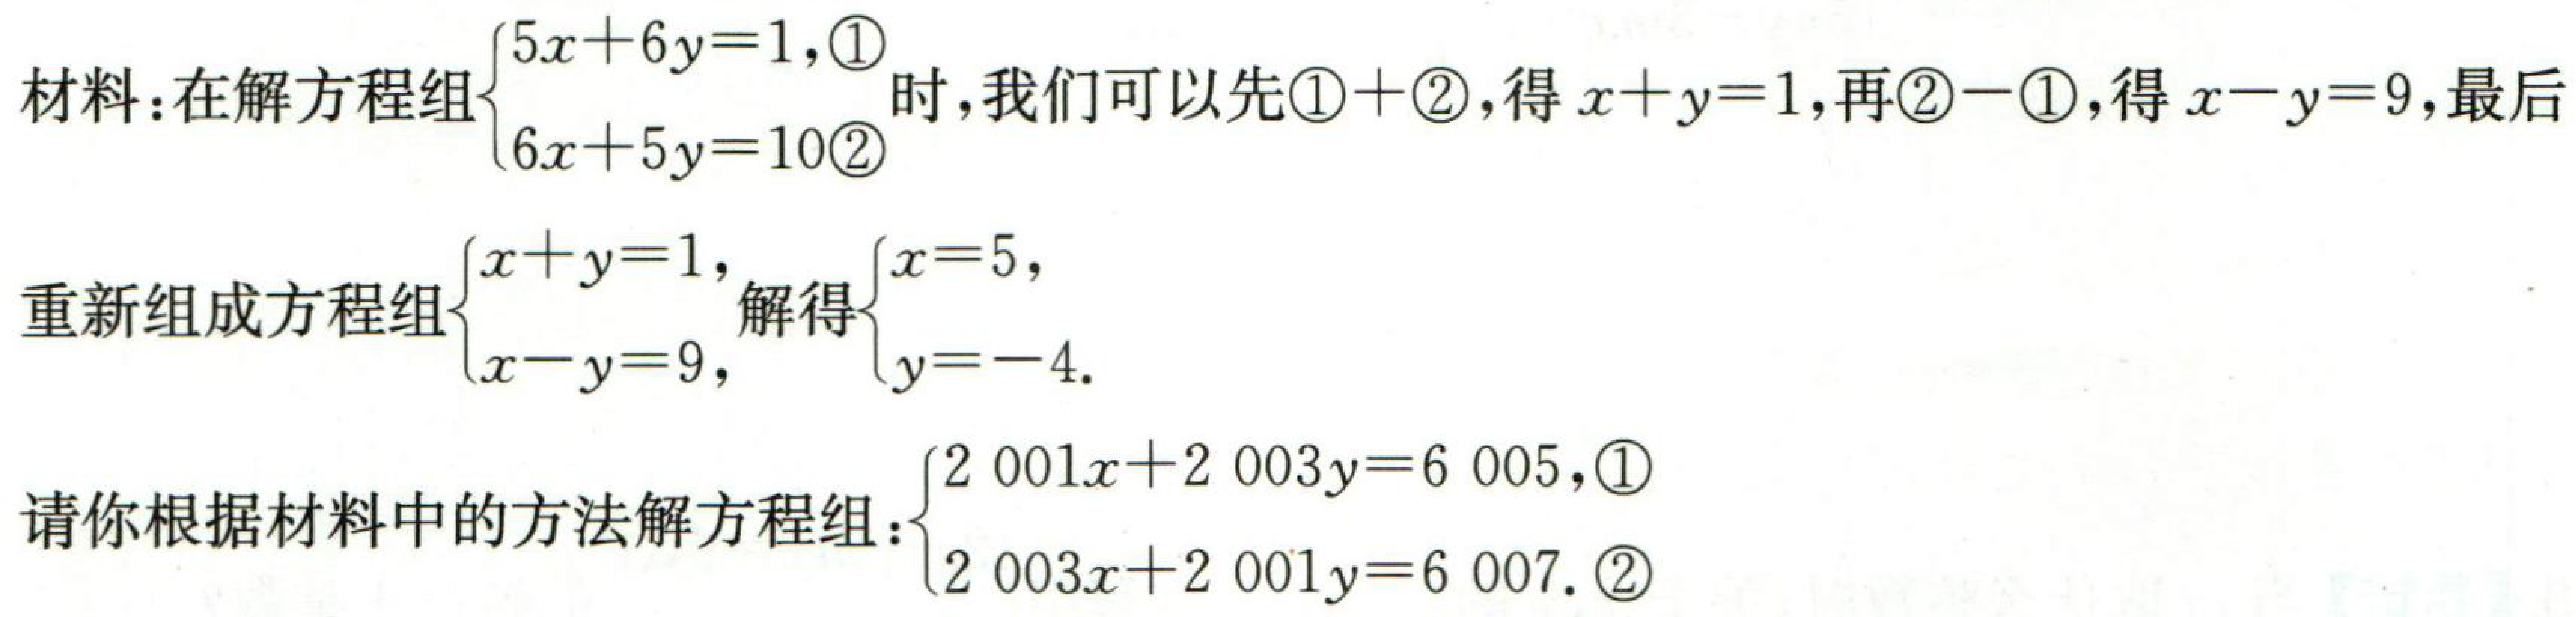
材料：在解方程组$\begin{cases}5x + 6y = 1,\textcircled{1}\\6x + 5y = 10\textcircled{2}\end{cases}$时，我们可以先\textcircled{1}+\textcircled{2}，得$x + y = 1$，再\textcircled{2}-\textcircled{1}，得$x - y = 9$，最后
重新组成方程组$\begin{cases}x + y = 1,\\x - y = 9,\end{cases}$解得$\begin{cases}x = 5,\\y = - 4.\end{cases}$
请你根据材料中的方法解方程组：$\begin{cases}2\ 001x + 2\ 003y = 6\ 005,\textcircled{1}\\2\ 003x + 2\ 001y = 6\ 007.\textcircled{2}\end{cases}$